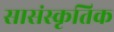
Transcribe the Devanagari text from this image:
सासंस्कृतिक